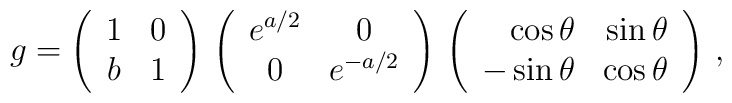
g=\left(  \begin{array}{cc}    1 & 0 \\    b & 1  \end{array}  \right)\, \left(  \begin{array}{cc}    e^{a/2} & 0 \\    0 & e^{-a/2}  \end{array}  \right)\,  \left(  \begin{array}{rr}    \cos\theta & \sin\theta \\    -\sin\theta & \cos\theta  \end{array}  \right)\,,